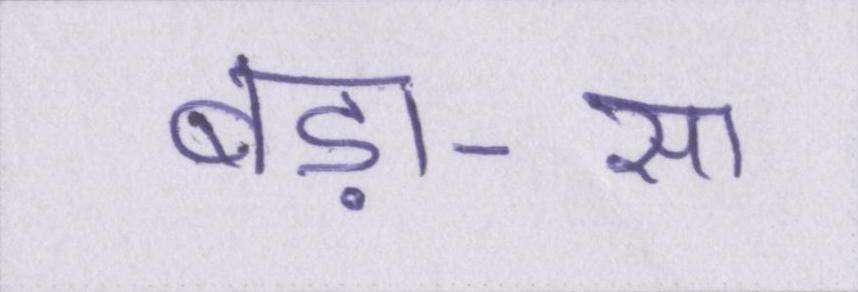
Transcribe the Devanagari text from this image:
बड़ा-सा